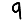
Digit: 9